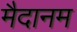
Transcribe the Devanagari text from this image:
मैदानम